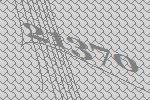
21370